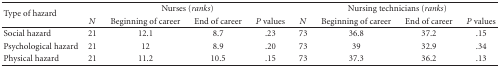
<table><thead><tr><td rowspan="2"><b>Type of hazard</b></td><td colspan="4"><b>Nurses (<i>ranks</i>)</b></td><td colspan="4"><b>Nursing technicians (<i>ranks</i>)</b></td></tr><tr><td><b><i>N</i></b></td><td><b>Beginning of career</b></td><td><b>End of career</b></td><td><b><i>P</i> values</b></td><td><b><i>N</i></b></td><td><b>Beginning of career</b></td><td><b>End of career</b></td><td><b><i>P</i> values</b></td></tr></thead><tbody><tr><td>Social hazard</td><td>21</td><td>12.1</td><td>8.7</td><td>.23</td><td>73</td><td>36.8</td><td>37.2</td><td>.15</td></tr><tr><td>Psychological hazard</td><td>21</td><td>12</td><td>8.9</td><td>.20</td><td>73</td><td>39</td><td>32.9</td><td>.34</td></tr><tr><td>Physical hazard</td><td>21</td><td>11.2</td><td>10.5</td><td>.15</td><td>73</td><td>37.3</td><td>36.2</td><td>.13</td></tr></tbody></table>